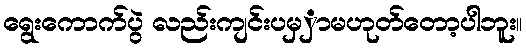
ရွေးကောက်ပွဲ လည်းကျင်းပမှှာမဟုတ်တော့ပါဘူး။